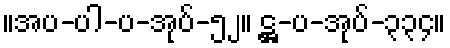
။အပ-ပါ-ပ-အုပ်-၅၂။ ဋ္ဌ-ပ-အုပ်-၃၃၄။